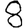
Digit: 8